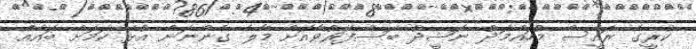
ކުރީގެ ރައީސް މުހައްމަދު ނަޝީދު ބޭސްފަރުވާއަށް މާލެ ގެންނަން އުޅޭ ކަމަށް ބައެއް